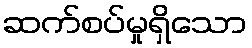
ဆက်စပ်မှုရှိသော